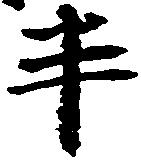
半